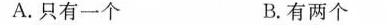
A.只有一个 B.有两个